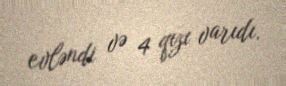
evləndi və 4 qızı varıdı.